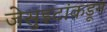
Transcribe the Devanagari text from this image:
जेसुइटांकडून